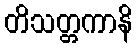
တိသတ္တကာနိ